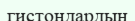
гистондардың